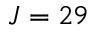
J = 2 9